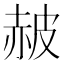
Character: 𧹞